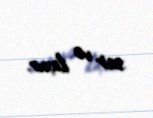
sair və ilaxır.